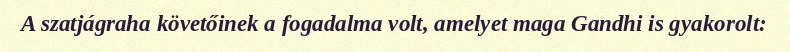
A szatjágraha követőinek a fogadalma volt, amelyet maga Gandhi is gyakorolt: